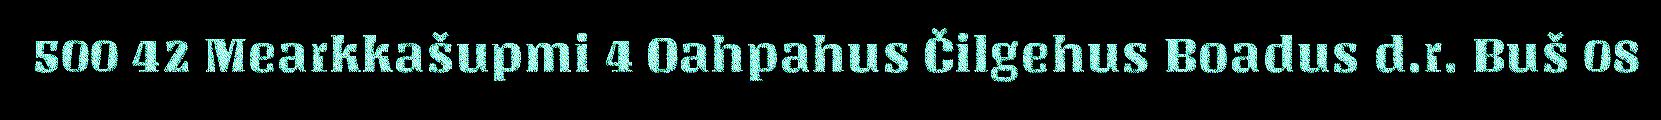
500 42 Mearkkašupmi 4 Oahpahus Čilgehus Boadus d.r. Buš 08